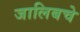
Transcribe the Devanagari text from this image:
जालिबचे